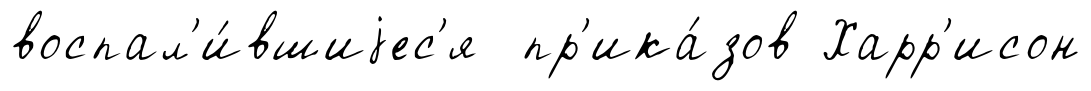
воспал'и́вшиjес'я пр'ика́зов Харр'исон